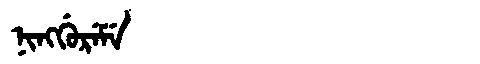
Manchu: ᠨᡳᠩᡤᡠᡵᡝᠮᡝ
Romanization: NINGGUREME